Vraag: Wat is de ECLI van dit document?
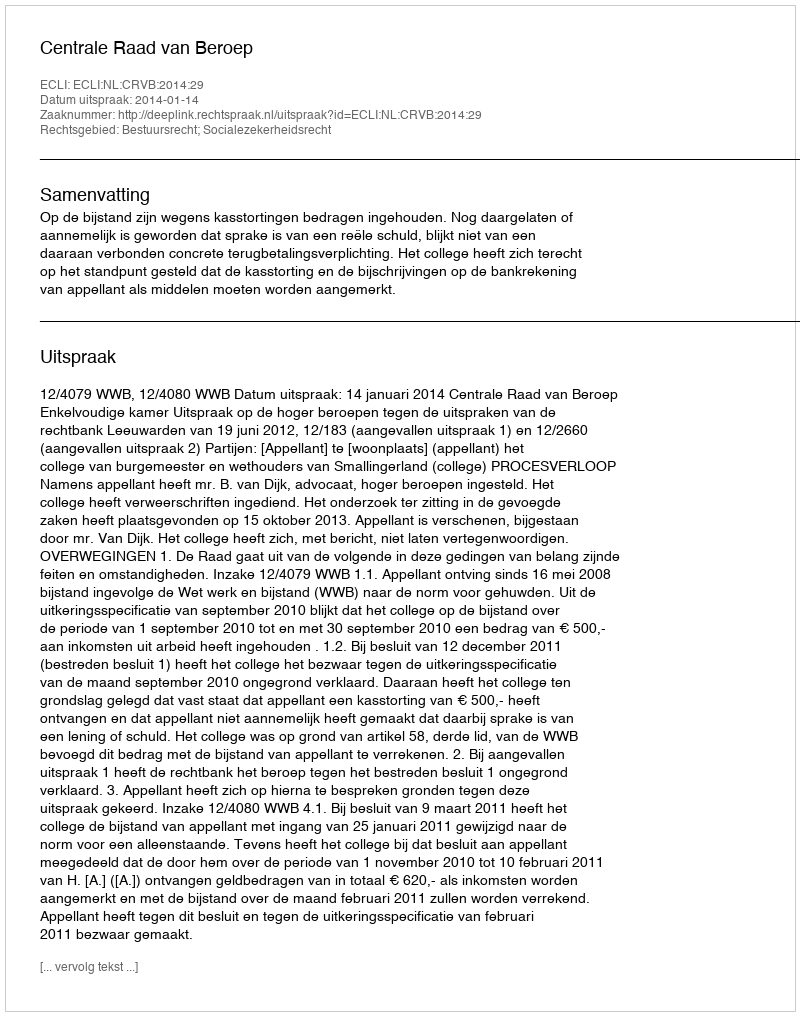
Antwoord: ECLI:NL:CRVB:2014:29